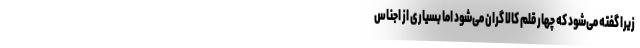
زیرا گفته می‌شود که چهار قلم کالا گران می‌شود اما بسیاری از اجناس